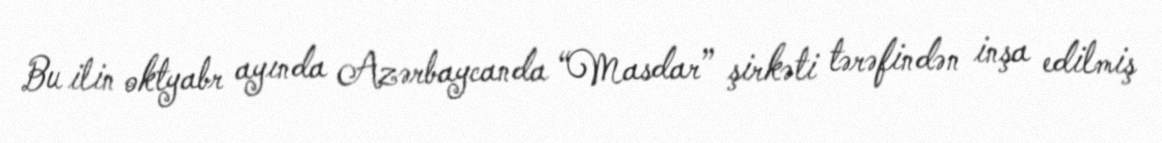
Bu ilin oktyabr ayında Azərbaycanda “Masdar” şirkəti tərəfindən inşa edilmiş